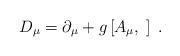
LaTeX: \begin{align*}D_\mu =\partial _\mu +g\left[ A_\mu ,\;\right] \;. \end{align*}